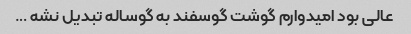
عالی بود امیدوارم گوشت گوسفند به گوساله تبدیل نشه …